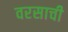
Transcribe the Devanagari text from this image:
वरसाची